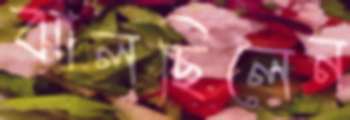
ঝালছিলেন